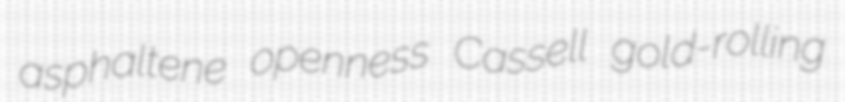
asphaltene openness Cassell gold-rolling